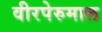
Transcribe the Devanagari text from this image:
वीरपेरुमाल